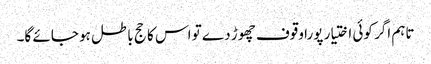
تاہم اگر کوئی اختیار پورا وقوف چھوڑ دے تو اس کا حج باطل ہو جائے گا۔